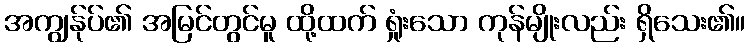
အကျွန်ုပ်၏ အမြင်တွင်မူ ထို့ထက် ရှုံးသော ကုန်မျိုးလည်း ရှိသေး၏။